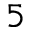
5